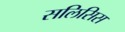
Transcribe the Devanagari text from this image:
सलिसिस